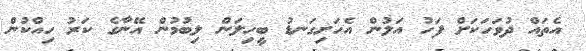
އެތައް ދުވަހަކަށް ފަހު އަލުން އެހަށިގަނޑު ބީހިލަން ލިބުމުން އޭނާގެ ކަރު ހިއްކުން